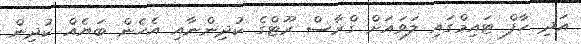
އަދި ހާފް ޓައިމްގައި ލަވައަށް ގްރާސް ރޫޓްގެ ކުދިންނާއި އެހެން ބަޔެއް ކުދިން